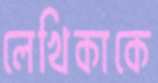
লেখিকাকে